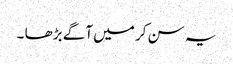
یہ سن کر میں آگے بڑھا ۔